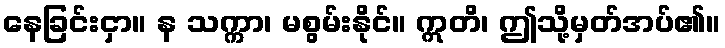
နေခြင်းငှာ။ န သက္ကာ၊ မစွမ်းနိုင်။ ဣတိ၊ ဤသို့မှတ်အပ်၏။